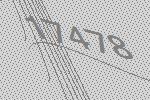
17478